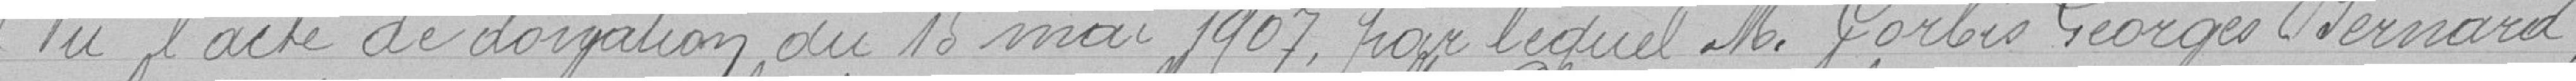
Vu l'acte de donation du 15 mai 1907, par lequel M. Corbis Georges Bernard